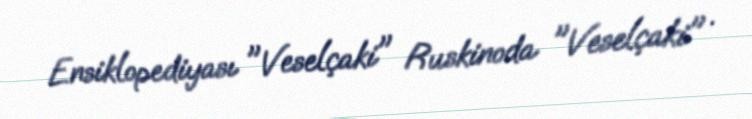
Ensiklopediyası "Veselçaki" Ruskinoda "Veselçaki" .